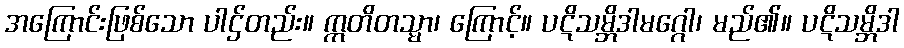
အကြောင်းဖြစ်သော ပါဌ်တည်း။ ဣတိတသ္မာ၊ ကြောင့်။ ပဋိသမ္ဘိဒါမဂ္ဂေါ၊ မည်၏။ ပဋိသမ္ဘိဒါ